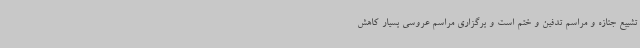
تشییع جنازه و مراسم تدفین و ختم است و برگزاری مراسم عروسی بسیار کاهش